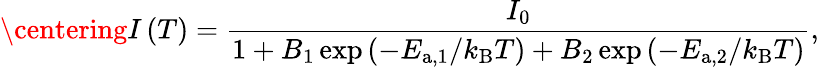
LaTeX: \centering I\left(T\right)=\frac{I_{0}}{1+B_{\mathrm{1}}\exp\left(-E_{\mathrm{a,1}}/k_{\mathrm{B}}T\right)+B_{\mathrm{2}}\exp\left(-E_{\mathrm{a,2}}/k_{\mathrm{B}}T\right)},